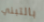
بالتبني